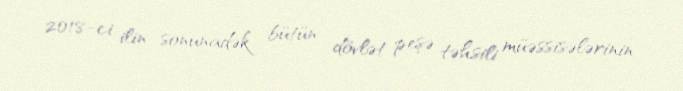
2018-ci ilin sonunadək bütün dövlət peşə təhsili müəssisələrinin